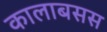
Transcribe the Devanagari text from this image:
कालाबसस